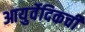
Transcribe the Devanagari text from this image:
आयुर्वेदिकची